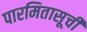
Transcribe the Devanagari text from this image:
पारमितासूची